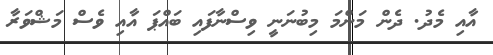
އާއި މެދު. ދެން މަންމަ މިބުނަނީ ވިސްނާފައި ބައްޕަ އާއި ވެސް މަޝްވަރާ